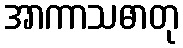
အာကာသဓာတု